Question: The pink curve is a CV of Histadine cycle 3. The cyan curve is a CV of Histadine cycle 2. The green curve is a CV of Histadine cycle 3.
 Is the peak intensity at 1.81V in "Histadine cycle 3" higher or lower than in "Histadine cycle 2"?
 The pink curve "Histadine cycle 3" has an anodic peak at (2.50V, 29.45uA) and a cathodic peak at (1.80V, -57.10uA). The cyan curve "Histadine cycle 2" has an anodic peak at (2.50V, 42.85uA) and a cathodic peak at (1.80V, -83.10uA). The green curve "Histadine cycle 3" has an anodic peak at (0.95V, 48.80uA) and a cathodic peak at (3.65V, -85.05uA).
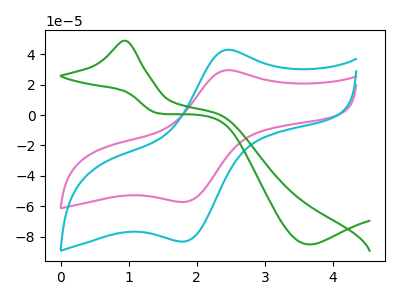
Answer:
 <answer>The peak at 1.81V is lower in "Histadine cycle 3" than in "Histadine cycle 2".</answer>
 <eval>lower</eval>